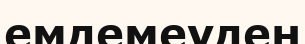
емдемеуден